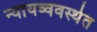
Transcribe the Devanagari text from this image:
न्यायव्ववस्थेत